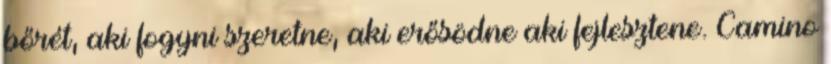
bőrét, aki fogyni szeretne, aki erősödne aki fejlesztene. Camino